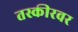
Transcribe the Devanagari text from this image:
तस्कीरवर